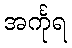
အင်္ကုရ